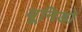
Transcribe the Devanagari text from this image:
यूनिडो